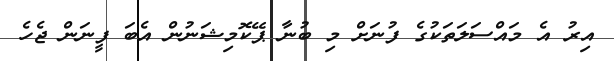
އިރު އެ މައްސަލަތަކުގެ ފުނަށް މި ބުނާ ޕޭކޮމިޝަނުން އެބަ ފީނަން ޖެހެ